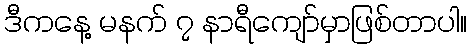
ဒီကနေ့ မနက် ၇ နာရီကျော်မှာဖြစ်တာပါ။